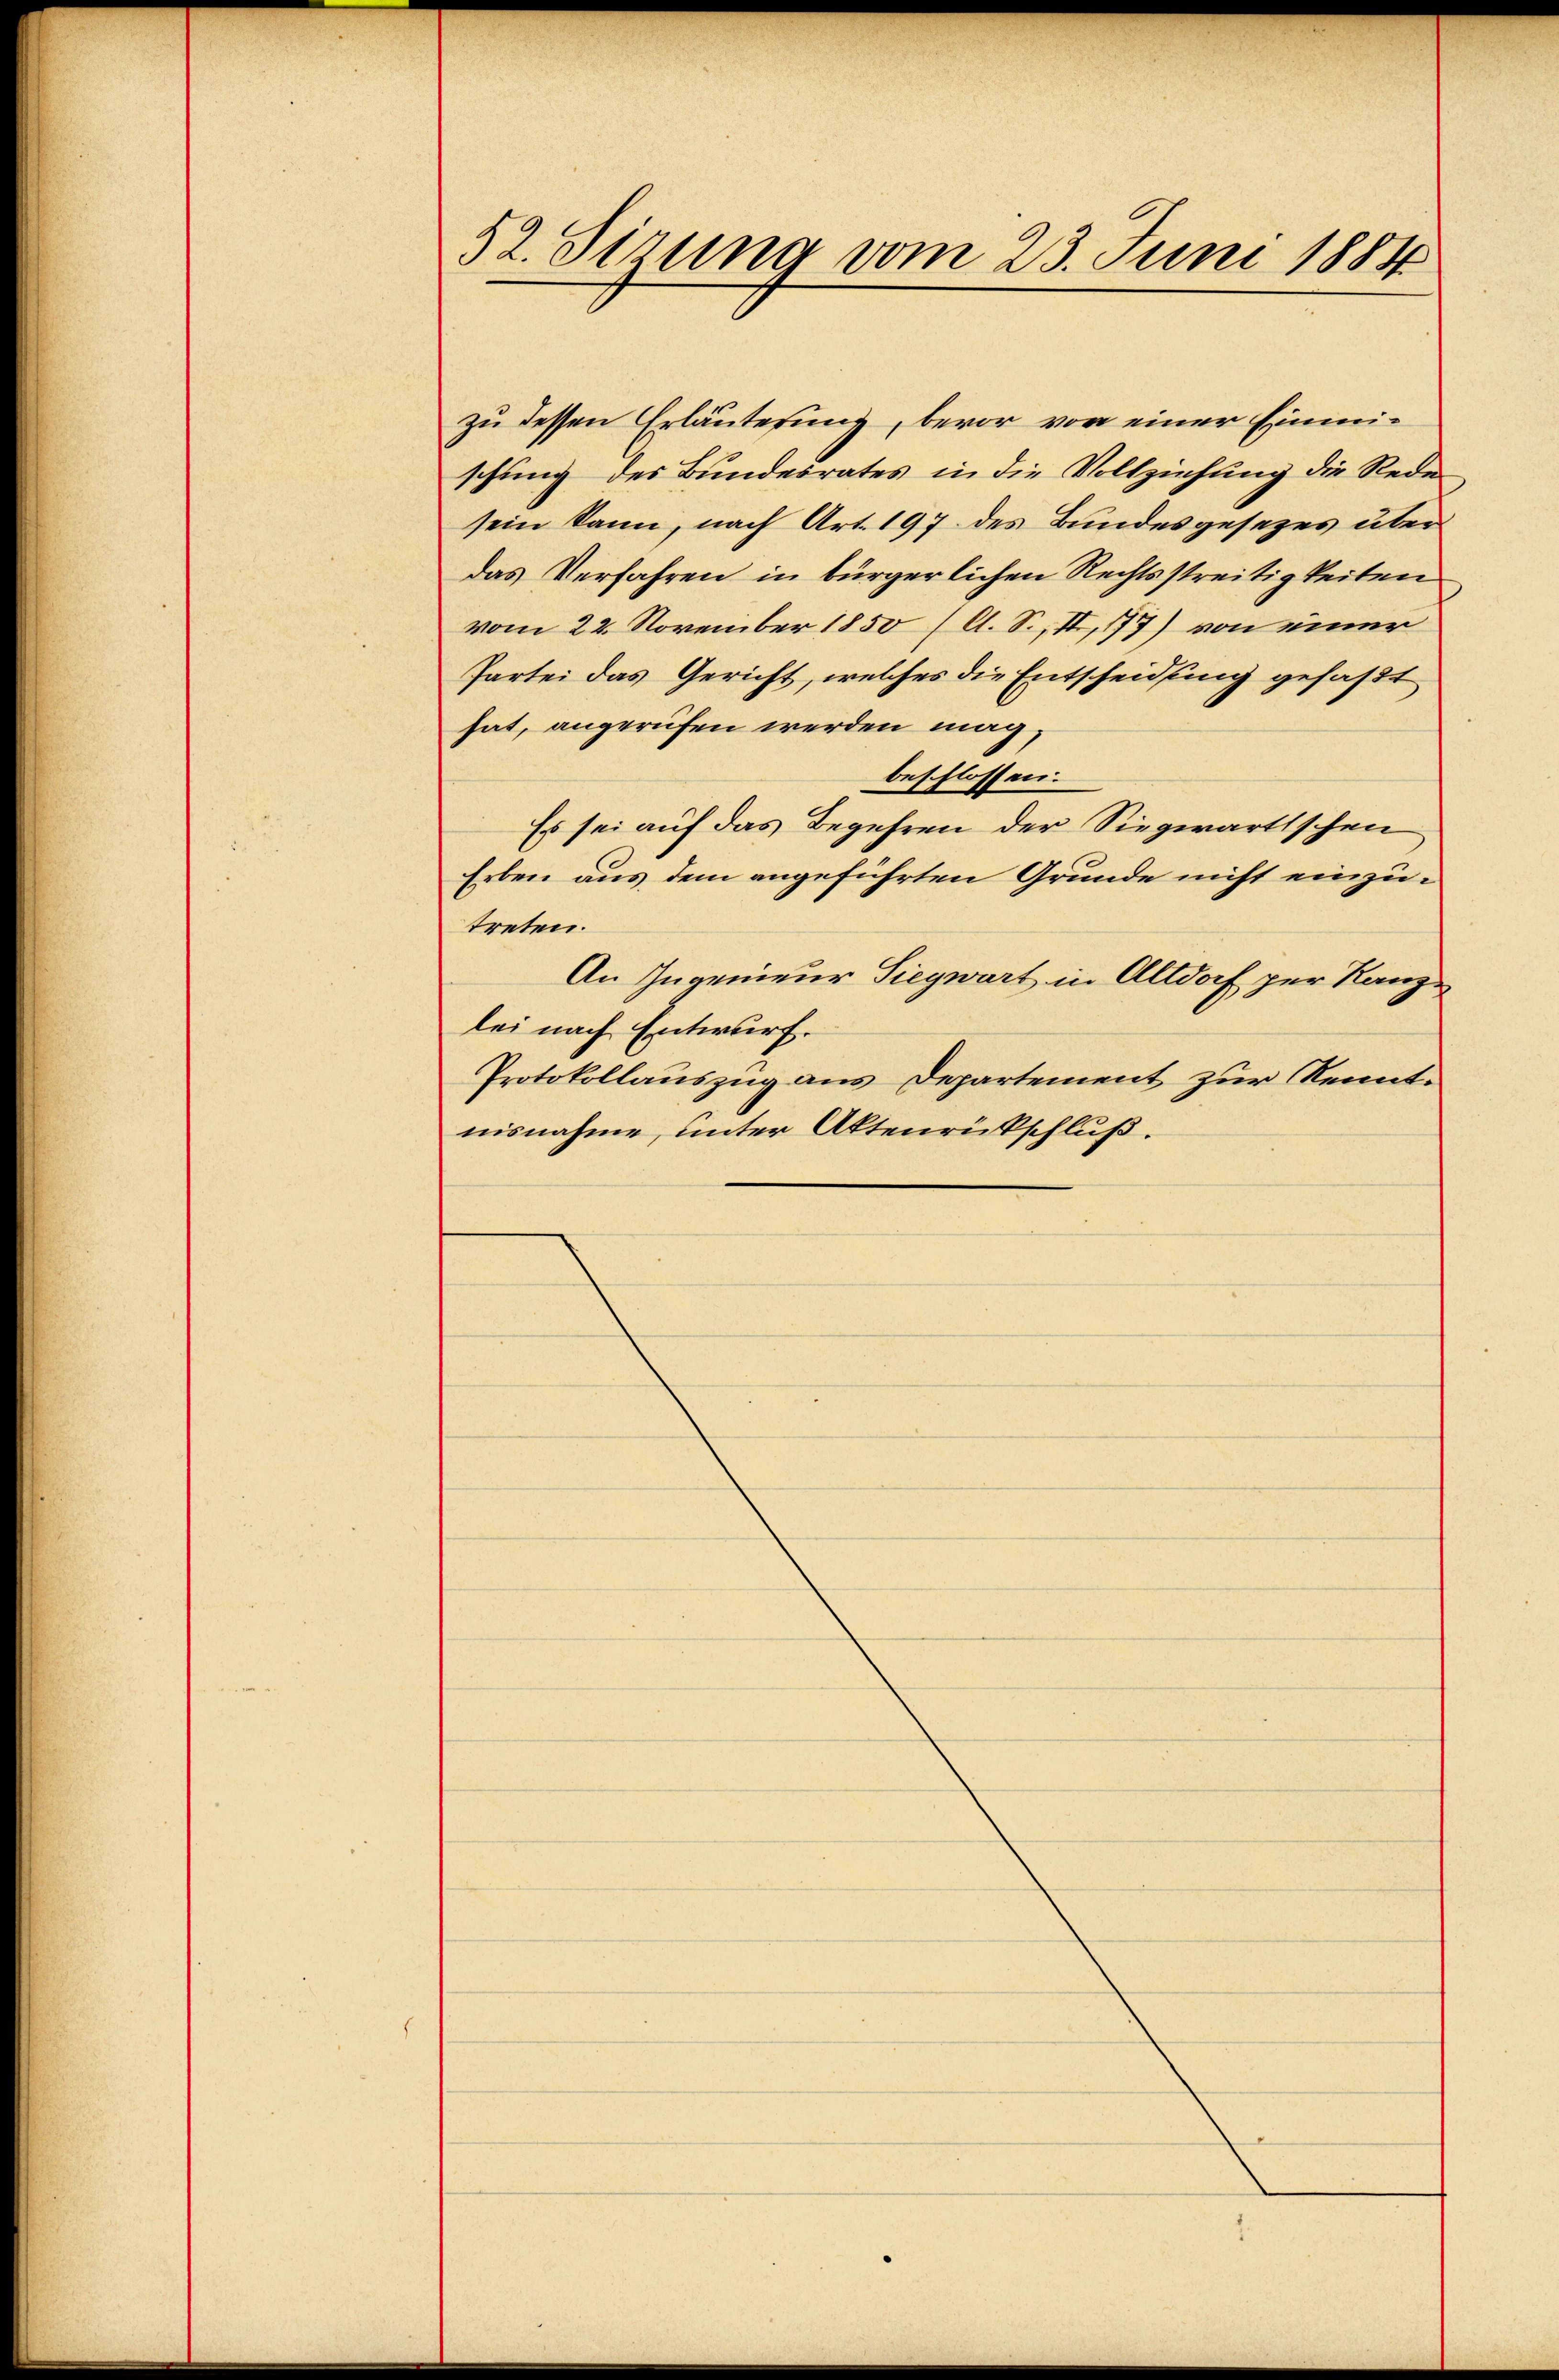
52. Sizung vom 23. Juni 1884

zu dessen Erläuterung, bevor von einer Einmischung des Bundesrates in die Vollziehung die Rede
sein kann, nach Art. 197 des Bundesgesezes über
das Verfahren in bürgerlichen Rechtsstreitigkeiten
vom 22. November 1850 (A. S. II, 177) von einer
Partei das Gericht, welches die Entscheidung gefaßt
hat, angerufen werden mag,
beschlossen.
Es sei auf das Begehren der Siegwartschen
Erben aus dem angeführten Grunde nicht einzutreten.
An Ingenieur Siegwart in Altdorf zur Rang
lei nach Entwurf.
Protokollauszug aus Departement zur Kenntnisnahme, unter Aktenrückschluß.